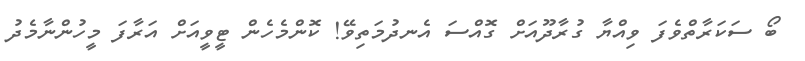
ބޯ ސަކަރާތްވެފަ ވިއްޔާ ގުރާދޫއަށް ގޮއްސަ އެނދުމަތިވޭ! ކޮންމެހެން ޓީވީއަށް އަރާފަ މީހުންނާމެދު